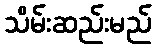
သိမ်းဆည်းမည်